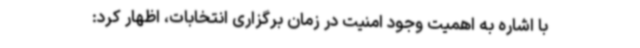
با اشاره به اهمیت وجود امنیت در زمان برگزاری انتخابات، اظهار کرد: